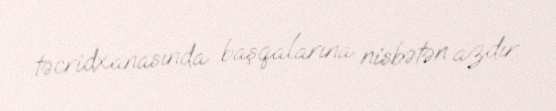
təcridxanasında başqalarına nisbətən azdır.